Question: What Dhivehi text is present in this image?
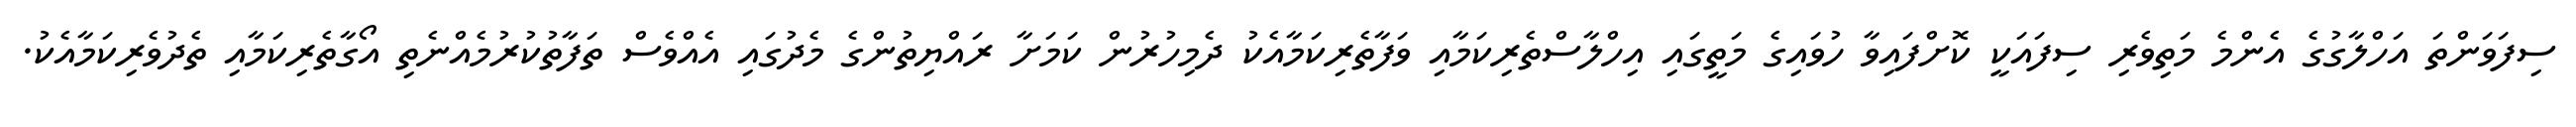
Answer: ސިފަވަންތަ އަހްލާގުގެ އެންމެ މަތިވެރި ސިފައަކީ ކޮށްފައިވާ ހުވައިގެ މަތީގައި އިހްލާސްތެރިކަމާއި ވަފާތެރިކަމާއެކު ދެމިހުރުން ކަމަށާ ރައްޔިތުންގެ މެދުގައި އެއްވެސް ތަފާތުކުރުމެއްނެތި އޯގާތެރިކަމާއި ތެދުވެރިކަމާއެކު.